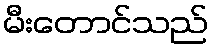
မီးတောင်သည်